Civil Veterinary Department Bengal reports 1933-51 - 1933-1951
Year: 1933
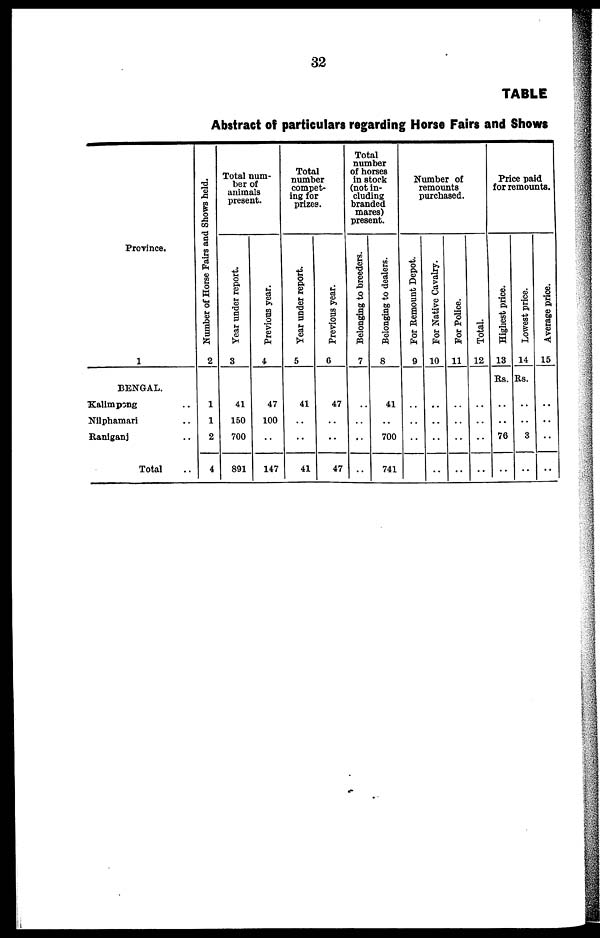
32
TABLE
Abstract of particulars regarding Horse Fairs and Shows
Province.
1
BENGAL.
Kalimpong ..
Nilphamari ..
Raniganj ..
Total ..
Number of Horse Fairs and Shows held.
2
1
1
2
4
Total num-
ber of
animals
present.
Year under report.
3
41
150
700
891
Previous year.
4
47
100
..
147
Total
number
compet-
ing for
prizes.
Year under report.
5
41
..
..
41
Previous year.
6
47
..
..
47
Total
number
of horses
in stock
(not in-
cluding
branded
mares)
present.
Belonging to breeders.
7
..
..
..
..
Belonging to dealers.
8
41
..
700
741
Number of
remounts
purchased.
For Remount Depot.
9
..
..
..
For Native Cavalry.
10
..
..
..
..
For Police.
11
..
..
..
..
Total.
12
..
..
..
..
Price paid
for remounts.
Highest price.
13
Rs.
..
..
76
..
Lowest price.
14
Rs.
..
..
3
..
Average price.
15
..
..
..
..